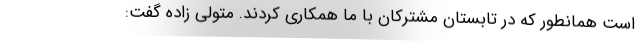
است همانطور که در تابستان مشترکان با ما همکاری کردند. متولی زاده گفت: